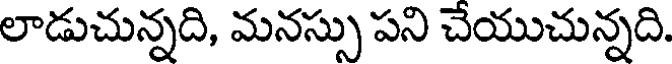
లాడుచున్నది, మనస్సు పని చేయుచున్నది.